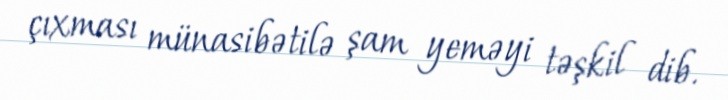
çıxması münasibətilə şam yeməyi təşkil dib.